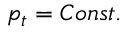
p _ { t } = C o n s t .